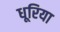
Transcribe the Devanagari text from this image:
धूरिया